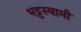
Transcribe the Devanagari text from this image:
भट्टस्वामी